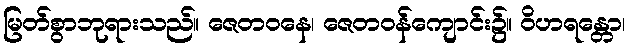
မြတ်စွာဘုရားသည်။ ဇေတဝနေ၊ ဇေတဝန်ကျောင်း၌။ ဝိဟရန္တော၊